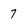
Character: 7